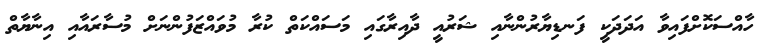
ހާއްސަކޮށްފައިވާ އަދަދަކީ ފަނޑިޔާރުންނާއި ޝަރުއީ ދާއިރާގައި މަސައްކަތް ކުރާ މުވައްޒަފުންނަށް މުސާރައާއި އިނާޔާތް